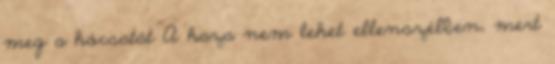
meg a hócsatát A haza nem lehet ellenszélben, mert